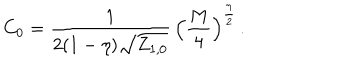
C _ { 0 } = \frac { 1 } { 2 ( 1 - \eta ) \sqrt { { { Z } } _ { 1 , 0 } } } \, \Big ( \frac { M } { 4 } \Big ) ^ { \frac { \eta } { 2 } } \, .